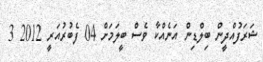
ޝަރަފުއްދީން ބިލްޑިން އަނެއްކާ ވެސް ބީލަމަށް 04 ފެބުރުއަރީ 2012 3